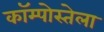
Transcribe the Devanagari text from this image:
कॉम्पोस्तेला